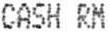
CASH RM